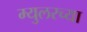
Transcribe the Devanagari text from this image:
म्युलरच्या